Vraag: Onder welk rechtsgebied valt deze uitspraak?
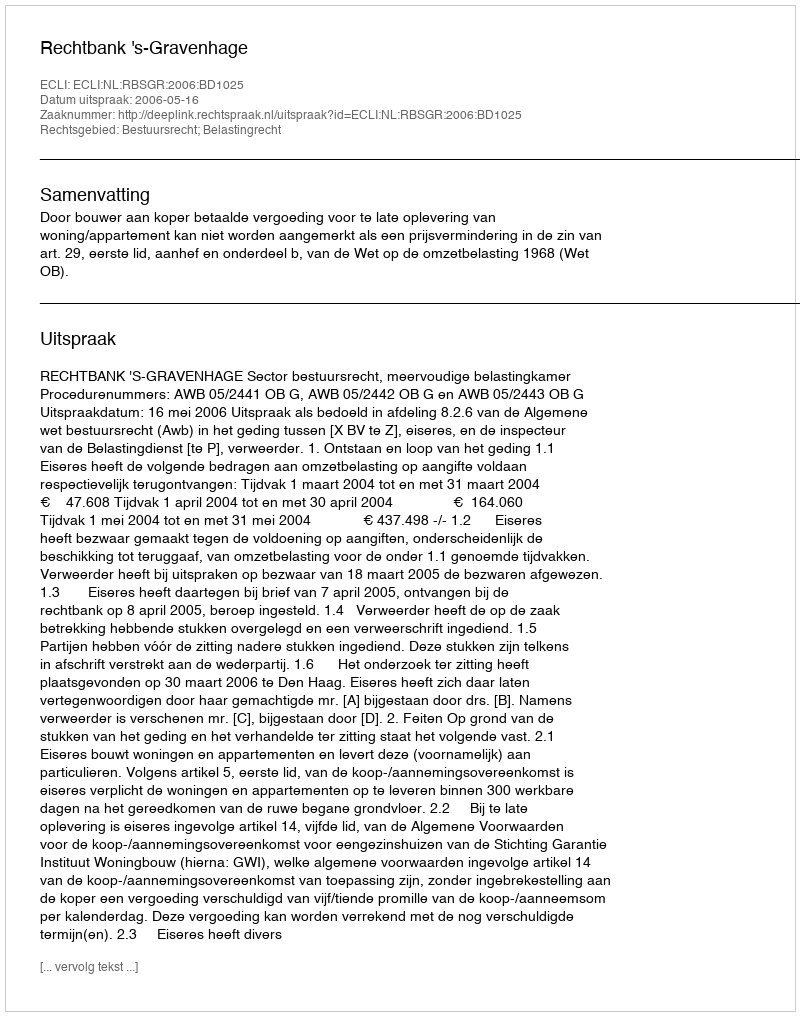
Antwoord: Bestuursrecht; Belastingrecht